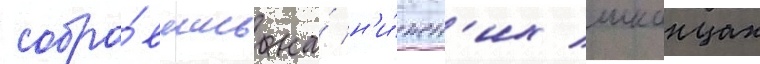
собра́вшись на́ н'и́жн'их шканцах